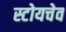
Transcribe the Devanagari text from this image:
स्टोयचेव